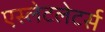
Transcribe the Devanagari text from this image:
एस्लेटलेटर्स